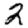
Digit: 2